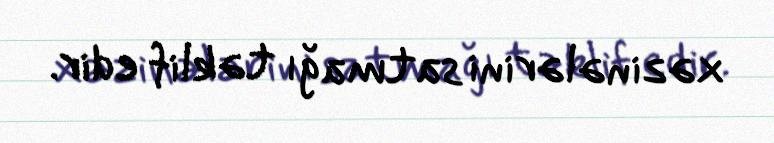
xəzinələrini satmağı təklif edir.